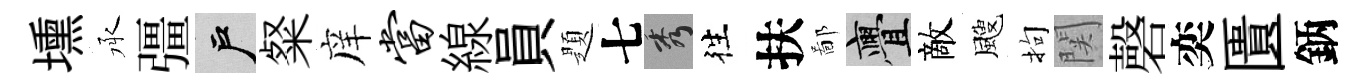
壎承彊户粲庠当線員題七秀徃扶鄙亹敵颼拘関磬奕匱鈵